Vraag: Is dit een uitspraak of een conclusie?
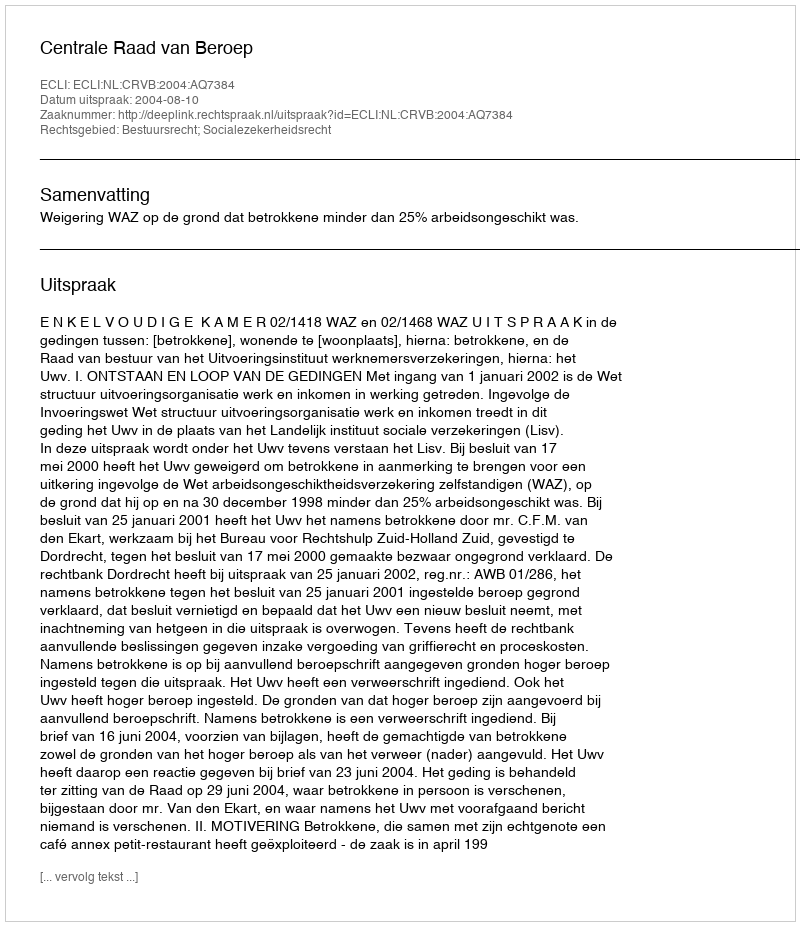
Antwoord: Uitspraak